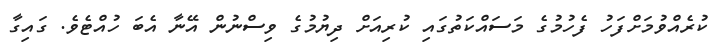
ކުރެއްވުމަށްފަހު ފެހުމުގެ މަސައްކަތުގައި ކުރިއަށް ދިޔުމުގެ ވިސްނުން އޭނާ އެބަ ހުއްޓެވެ. ގައިގާ